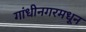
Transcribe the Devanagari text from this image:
गांधीनगरमधून